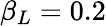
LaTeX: \beta_{L}=0.2